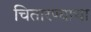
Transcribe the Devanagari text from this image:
चितारण्याचा